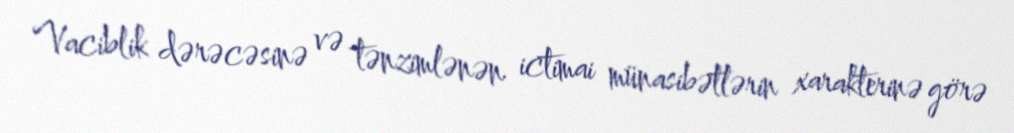
Vaciblik dərəcəsinə və tənzimlənən ictimai münasibətlərin xarakterinə görə